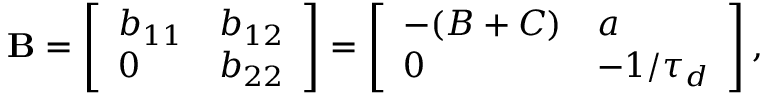
\mathbf { B } = \left[ \begin{array} { l l } { b _ { 1 1 } } & { b _ { 1 2 } } \\ { 0 } & { b _ { 2 2 } } \end{array} \right] = \left[ \begin{array} { l l } { - ( B + C ) } & { a } \\ { 0 } & { - 1 / \tau _ { d } } \end{array} \right] ,